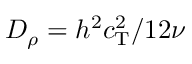
D _ { \rho } = h ^ { 2 } c _ { \mathrm { T } } ^ { 2 } / 1 2 \nu